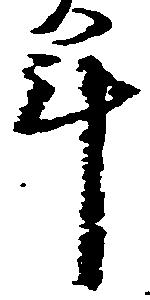
年